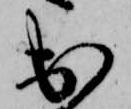
出